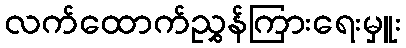
လက်ထောက်ညွှန်ကြားရေးမှူး